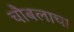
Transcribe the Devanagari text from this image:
चौबलाचा